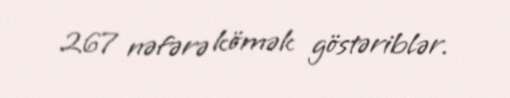
267 nəfərə kömək göstəriblər.